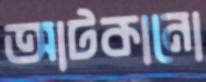
আটকানো